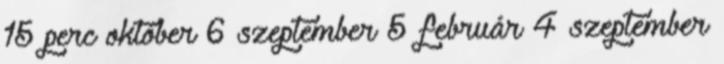
15 perc október 6 szeptember 5 február 4 szeptember